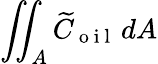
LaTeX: \iint_{A}\widetilde{C}_{\mathrm{~o~i~l~}}\, dA